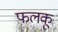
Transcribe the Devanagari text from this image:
फलकू